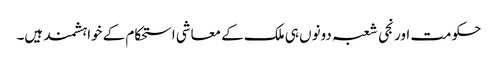
حکومت اور نجی شعبہ دونوں ہی ملک کے معاشی استحکام کے خواہشمند ہیں۔